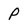
Character: P